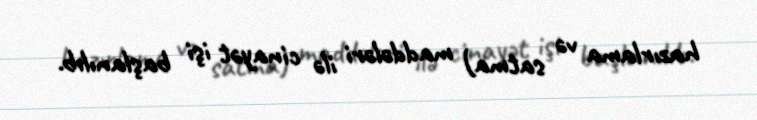
hazırlama və satma) maddələri ilə cinayət işi başlanılıb.